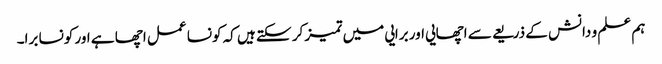
ہم علم و دانش کے ذریعے سے اچھایی اور برایی میں تمیز کر سکتے ہیں کہ کونسا عمل اچھا ہے اور کونسا برا۔